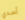
أسدي